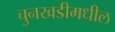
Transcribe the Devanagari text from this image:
चुनखडीमधील